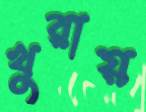
খুরায়